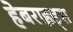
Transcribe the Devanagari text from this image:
हेबराइड्स